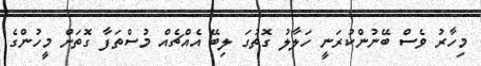
މިހާރު ވެސް ބޭނުންކުރަނީ ހަލާލު ގޮތުގަ ލިބޭ އެއްޗެއް މުސްތަފާ ގޮތަށް މީހުންގެ